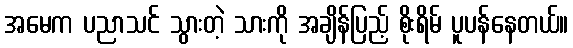
အမေက ပညာသင် သွားတဲ့ သားကို အချိန်ပြည့် စိုးရိမ် ပူပန်နေတယ်။